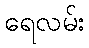
ရေလမ်း